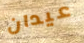
عيدان